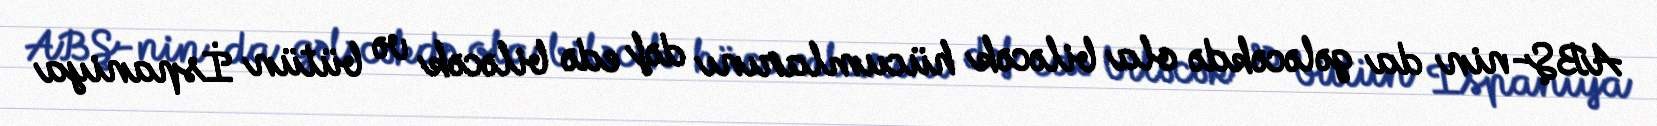
ABŞ-nin da gələcəkdə ola biləcək hücumlarını dəf edə biləcək və bütün İspaniya